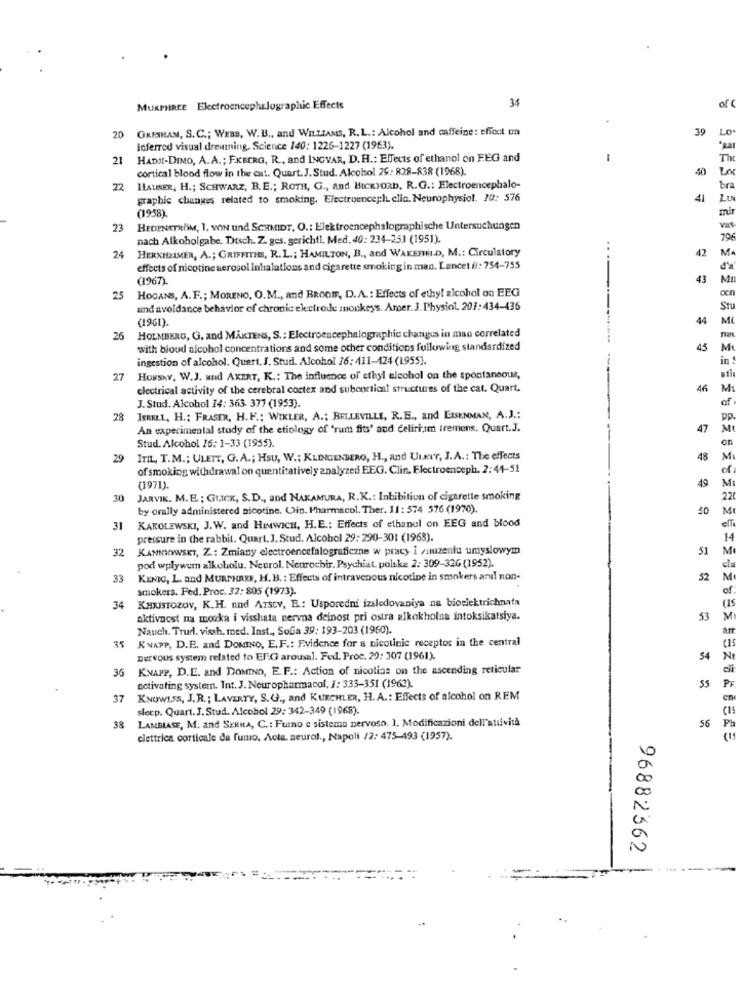
34
MURPHREE Electroencephalographic Effects
of
GRESHAM, S.C .; WERD, W. B ., and WILLIAMS, R. L .: Alcohol and caffeine: effect on
20
39
LO
inferred visual drewming. Science 140: 1226-1227 (1963).
21
HADI-DIMO, A. A. ; FXBERG, R ., and INGVAR, D. H .: Effects of ethanol on FEG and
cortical blood flow in the cut. Quart. J. Stud. Alcohol 29: 828-838 (1968)
40
22
HAUSER, H .; SCHWARZ, B. E .; ROTH, G ., and BICKFORD, R.G .: Electroencephalo-
graphic changes related to smoking. Electroenceph. clin. Neurophysiol. 10: 576
41
LU
(1958).
23
HEDENSTROM, 1. WIN und SCHMIDT, O .: Elektroencephalographische Untersuchungen
nach Alkoholgabe. Dtsch. Z. ges. gerichtl. Med. 40: 234-25J (1951).
HERXHEIMER, A .; GRIFFITHS, R. L .; HAMILTON, B ., and WAKEFIELD, M .: Circulatory
42
24
effects of nicotine aerosol inhalations and cigarette smoking in man. Lancet if: 754-755
(1967).
43
HOGANS, A. F .; MORENO, O. M ., and BROOIS, D. A. : Effects of ethyl alcohol on EEG
25
and avoidance behavior of chronic electrode monkeys. Arper. J. Physiol. 201: 434-436
(1961)
44
26
HOLMBERG, G. and MAKTENS, S. : Electroencephalographic changes in man correlated
with blood alcohol concentrations and some other conditions following standardized
45
ingestion of alcohol. Quert. J. Stud. Alcohol 16: 411-124 (1955).
27
HORSKY, W.J. and AKERT, K .: The influence of ethyl alcohol on the spontaneous,
electrical activity of the cerebral cortex and subcortical structures of the cat. Quart.
46
J. Stud. Alcohol 14: 363 377 (1953).
28
ISRELL, H .: FRASER, H.F .; WIKLER, A .; BELLEVILLE, R.E ., and LISENMAN, A.J .:
An experimental study of the etiology of "rum fits' and delirium tremens. Quart.J.
47
Stud. Alcohol 16: 1-33 (1955).
29
ITIL, T.M .; ULEIT, G.A .; HSU, W .; KLINGENBERG, H ., and UnkIr, J.A .: The effects
48
of smoking withdrawal on quantitatively analyzed EEG. Clin. Electroenceph. 2:44-51
49
(1971).
30
JARVIK, M. E. ; GLICK, S.D ., and NAKAMURA, R.K .: Inhibition of cigarette smoking
by orally administered nicotine, Cin. Pharmacol. Ther. 11: 574 576 (1970).
50
31
KAKOLEWSKI, J.W. and HIMWICH, H.E .: Effects of ethanol on EEG and blood
pressure in the rabbit. Quart. J. Stud. Alcobol 29: 290-301 (1968).
32
KANICKOWSKI, Z .: Zmiany electroencefalogramane w pracy i muuzeniu umyslowym
51
pod wpływem alkoholu. Neurol. Neurochir. Psychiat. polska 2. 309-326 (1952).
33
KENIC, L. and MURTHAES, H. B. : Effects of intravenous nicotine in smokers and non-
52
Smokers. Fed. Proc. 32: 805 (1973).
KHRISTOZOV, K.H. and ATSCV, E .: Usporedni izsledovaniya na bioelektrichnata
34
aktivnost na mocka i visshata nervna deinost pri ostra alkokholna intoksikatsiya.
53
Nauch. Trud. vissh. med. Inst ., Sofia 39: 193-203 (1960).
35
KNAPP, D.E. and DOMINO, E.F .: Evidence for a nicotinic receptor in the central
nervous system related to El-G arousal. Fed. Proc. 29: 307 (1961).
54
36 KNAPP, D.E. and DOMINO, E. F .: Action of nicotine on the ascending reticular
activating system. Int. J. Neuropharmacol, I: 333-351 (1963).
55
37
KNOWLES, J. R .; LAVERTY, S.G ., and KUECHLER, H. A .: Effects of alcohol on REM
sleep. Quart. J. Stud. Alcohol 29: 342-349 (1968).
LAMBIASE, M. and SERNA, C .: Furno e sistema nervoso. 1. Modificazioni dell'attività
38
56
elettrica corticale du fumo. Acta. seurol ., Napoli /2: 475-493 (1957).
96882362